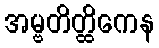
အမ္ဗတိတ္ထိကေန